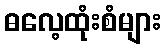
ဓလေ့ထုံးစံများ